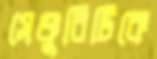
সেঞ্চুরিটিকে